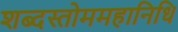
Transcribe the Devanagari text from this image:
शब्दस्तोममहानिधि